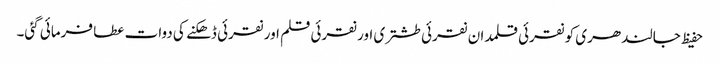
حفیظ جالندھری کو نقرئی قلمدان نقرئی طشتری اور نقرئی قلم اور نقرئی ڈھکنے کی دوات عطا فرمائی گئی۔